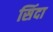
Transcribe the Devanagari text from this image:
सिंदा